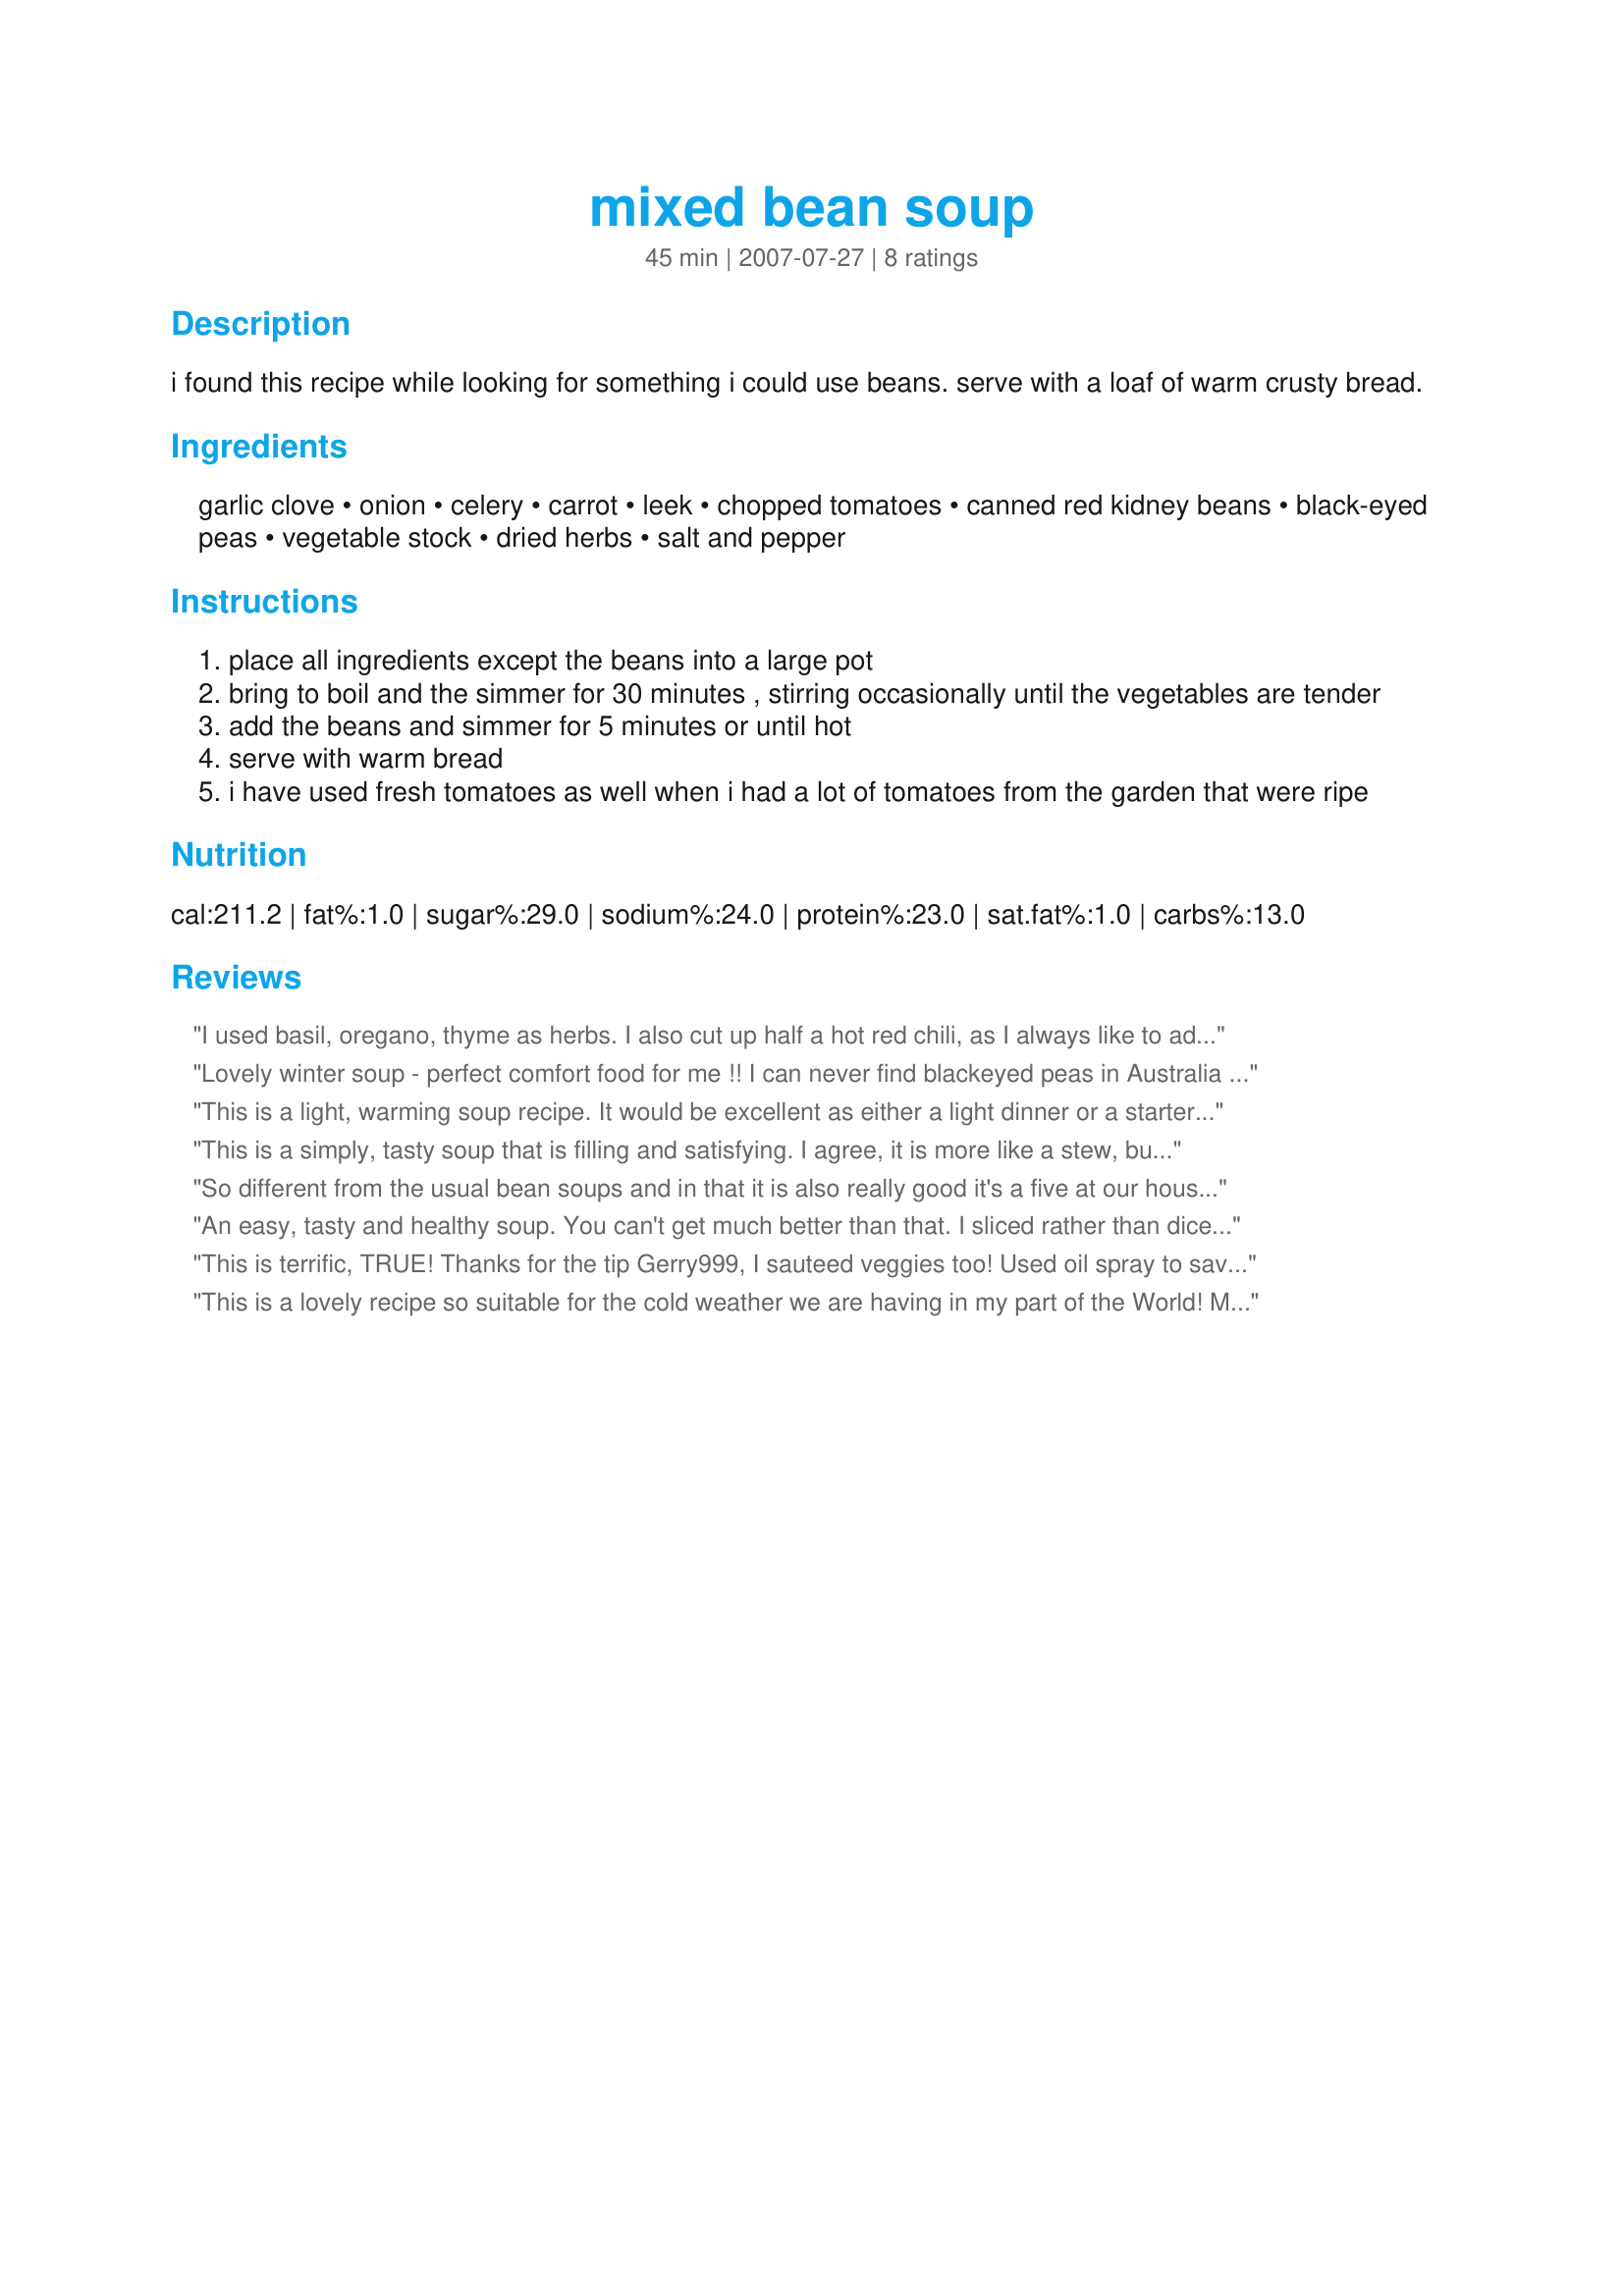
mixed bean soup
Preparation time: 45 minutes

i found this recipe while looking for something i could use beans. serve with a loaf of warm crusty bread.

Ingredients:
garlic clove, onion, celery, carrot, leek, chopped tomatoes, canned red kidney beans, black-eyed peas, vegetable stock, dried herbs, salt and pepper

Steps:
place all ingredients except the beans into a large pot
bring to boil and the simmer for 30 minutes , stirring occasionally until the vegetables are tender
add the beans and simmer for 5 minutes or until hot
serve with warm bread
i have used fresh tomatoes as well when i had a lot of tomatoes from the garden that were ripe

Reviews:
I used basil, oregano, thyme as herbs. I also cut up half a hot red chili, as I always like to add spice. I used a bag of dried mixed beans from a bulk bin. The mix mainly included fast cooking beans such as red lentils, split peas, small black and white beans, and also barley. I added a lot more stock then specified in the recipe. I had some ham thawing to add, but by the time it thawed the soup was already done and delicious, and I thought no reason to add meat!
Lovely winter soup - perfect comfort food for me !! I can never find blackeyed peas in Australia so used a tin of cannellini beans with a perfect result also threw in a tiny handful of angel hair pasta that needed to be used up - made for PAC 07 - thankyou to bigbadbrenda_Mama for posting this delish soup.
This is a light, warming soup recipe. It would be excellent as either a light dinner or a starter soup as well. We felt like it was lacking something and wasn't as filling as a dinner soup should be. I think diced ham or bacon would really send this over the top! It's a great base to start with and the possibilites are endless. Thanks for a good soup recipe to fight off the cold Vermont winters! Made for ZWT5. :D
This is a simply, tasty soup that is filling and satisfying. I agree, it is more like a stew, but I am sure you can add more stock to thin the consistency. I also sauteed the garlic, onion, celery, carrot and leek in some olive oil before adding the other ingredients. Since the recipe did not specify, I seasoned with herbs de provence. Made for ZWT5 by a Groovy GastroGnome.
So different from the usual bean soups and in that it is also really good it's a five at our house. Yes made for a delicious chilly day lunch. I did saute the veggies in a little oil - because it's how I usually start all my soups. For the herbs used thyme and tossed in some fresh parsley. My cans were 19 ounce cans - that worked well for me. The leek is a wonderful addition, chopped in some of the green for added color. Thank you Brenda, we enjoyed lunch.
An easy, tasty and healthy soup. You can't get much better than that. I sliced rather than diced because my hubby likes chunky soups. Other than that, I kept to the recipe and use oregano and basil as my herbs. That ended up making it a bit like a minestrone without the pasta. Made for the Zingo porition of ZWT5 for the Chow Hounds.
This is terrific, TRUE!
Thanks for the tip Gerry999, I sauteed veggies too!
Used oil spray to save extra fat and calories,
This recipe certainly did please!
On that coldish day, this soup is more than ok! :)
THANKS!
This is a lovely recipe so suitable for the cold weather we are having in my part of the World! Mine was more of a stew than a soup in the end which was just fine. I am annoyed with myself that I didn't bake a loaf of bread to go with it!! Thanks for a lovely recipe Brenda. Made for ZWT5 Zingo
